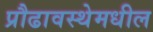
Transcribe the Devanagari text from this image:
प्रौढावस्थेमधील